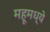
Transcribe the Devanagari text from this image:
महूमध्ये